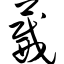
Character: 葳